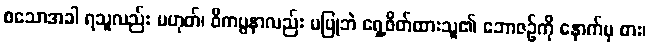
စသောအခါ ရသူလည်း မဟုတ်၊ ဝိကပ္ပနာလည်း မပြုဘဲ ရှေ့ဖိတ်ထားသူ၏ ဘောဇဉ်ကို နောက်မှ စား၊